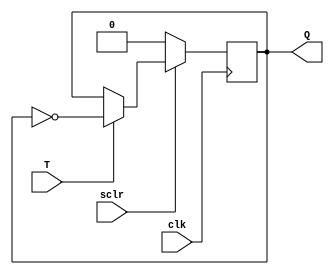
module FFT_sreset(
	input clk, T, sclr,
	output reg Q
);

	always @(posedge clk)
	begin
		if (!sclr)	Q <= 0;
		else if (T)	Q <= ~Q;
		else				Q <= Q;
	end

endmodule